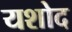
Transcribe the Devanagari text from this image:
यशोद